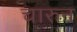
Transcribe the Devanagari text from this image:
चारुन